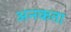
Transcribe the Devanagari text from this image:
अनकता